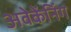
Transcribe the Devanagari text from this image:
अवेकेंनिंग